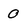
Character: 0